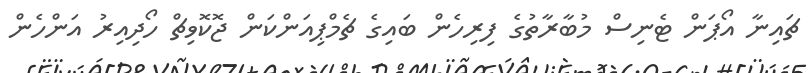
ޗައިނާ އޯޕަން ޓެނިސް މުބާރާތުގެ ފިރިހެން ބައިގެ ޗެމްޕިއަންކަން ޖޮކޮވިޗް ހޯދިއިރު އަންހެން